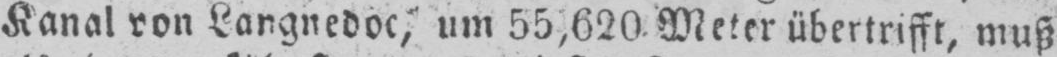
Kanal von Langnedoc, um 55,620 Meter übertrifft, muß